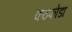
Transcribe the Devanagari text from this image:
कठफोडा